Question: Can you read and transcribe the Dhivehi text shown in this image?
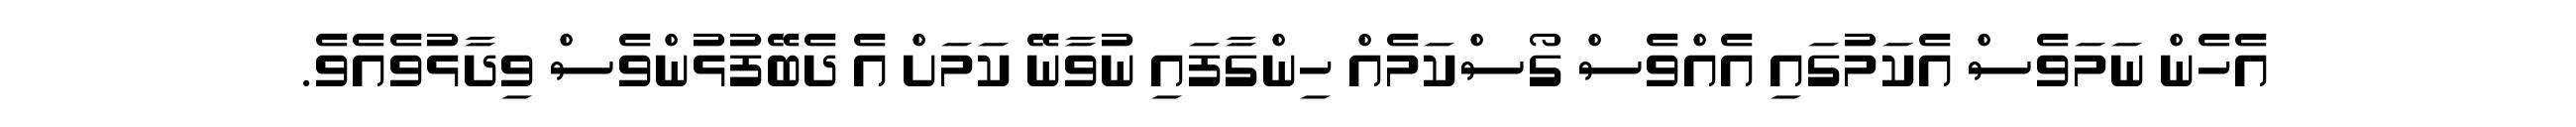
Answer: އެހެން ނަމަވެސް އެކަމުގައި އެއްވެސް ގޯސްކަމެއް ހިންގާފައި ނުވާނޭ ކަމަށް އެ ދެބޭފުޅުންވެސް ވިދާޅުވެއެވެ.